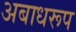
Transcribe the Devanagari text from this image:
अबाधरूप